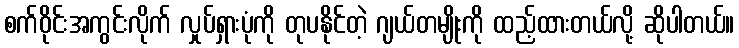
စက်ဝိုင်းအကွင်းလိုက် လှုပ်ရှားပုံကို တုပနိုင်တဲ့ ဂျယ်တမျိုးကို ထည့်ထားတယ်လို့ ဆိုပါတယ်။